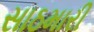
સાઠમારી